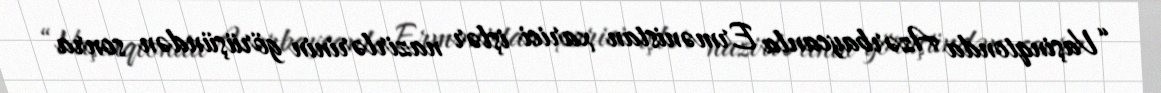
“Vaşinqtonda Azərbaycanla Ermənistan xarici işlər nazirlərinin görüşündən sonra